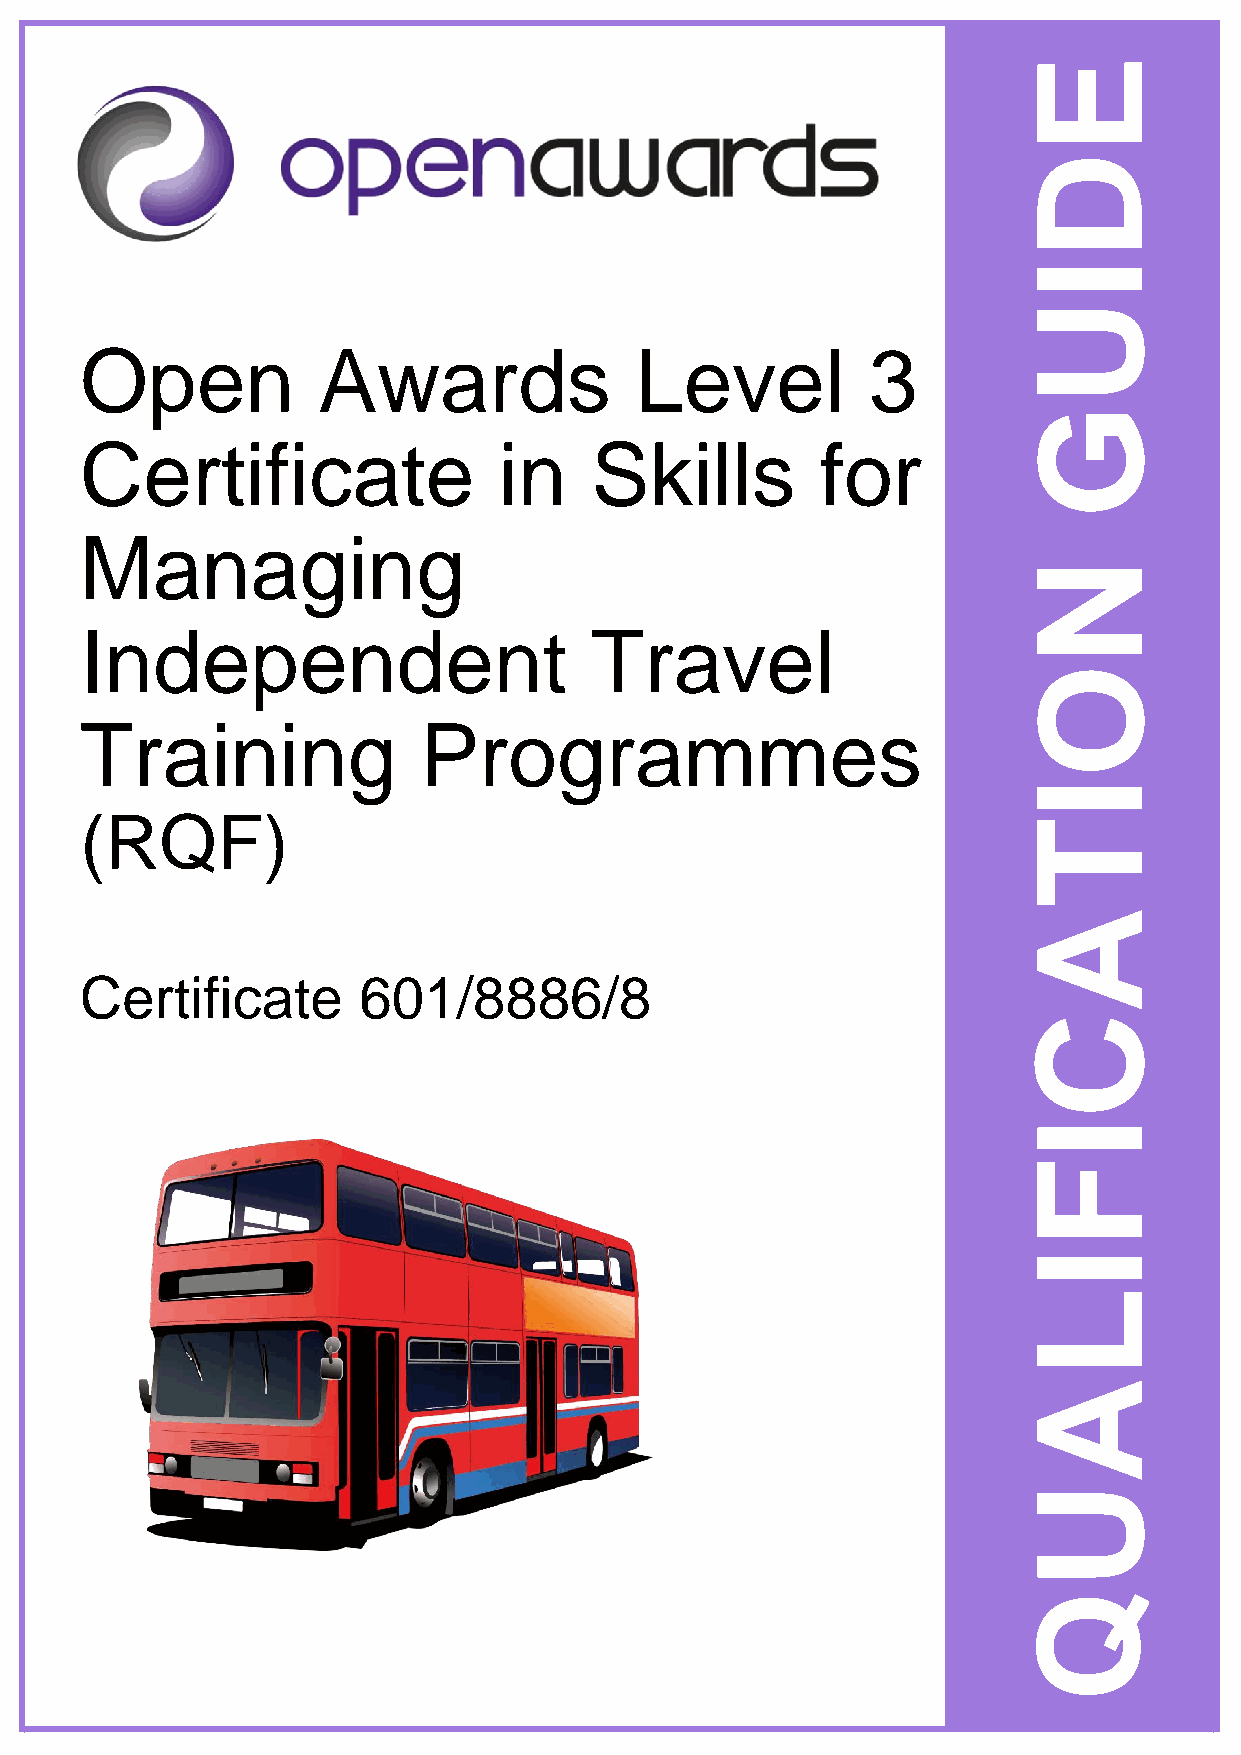
E
 pen  Awards  Level  2 Technical Award   in Maritime StudieDs
 I
 U
 Open            Awards               Level          3
 G
 Certificate                 in    Skills         for
 Managing
 N
 Independent                       Travel
 O
 Training               Programmes
 I
 (RQF)
 T
 A
 Certificate        601/8886/8
 C
 I
 F
 I
 L
 A
 U
 Q
 Page 1 of 9